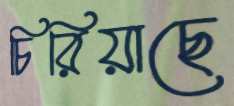
চিরিয়াছে